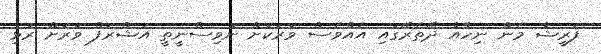
ފަރީޝާ މެން ނިހާއާ ދޭތެރޭގައި އެއްވެސް ވަރަކަށް ނުވިސްނީތީ އަޝްރަފް ވަރަށް ރުޅި